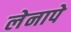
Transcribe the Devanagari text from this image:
लेनापे